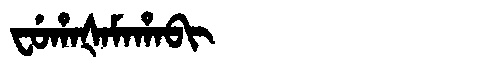
Manchu: ᠸᡠᡥᠠᡧᠠᠮᠠᡥᠠᠪᡳ
Romanization: FUHAŠAMAHABI